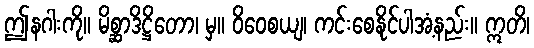
ဤနဂါးကို။ မိစ္ဆာဒိဋ္ဌိတော၊ မှ။ ဝိဝေစယျ၊ ကင်းစေနိုင်ပါအံ့နည်း။ ဣတိ၊